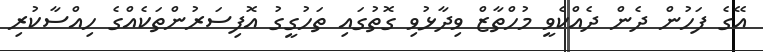
އޭގެ ފަހުން ދެން ދެއްކެވީ މުހްތާޒް ވިދާޅުވި ގޮތުގައި ތަހުގީގު އޮފިސަރުންތަކެއްގެ ހިއްސާކުރި